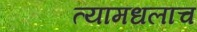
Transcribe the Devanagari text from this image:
त्यामधलाच